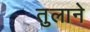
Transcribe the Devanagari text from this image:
तुलाने